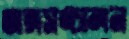
অঙ্গসঙ্চালন